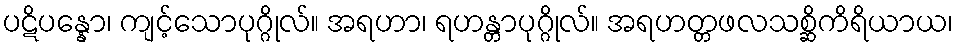
ပဋိပန္နော၊ ကျင့်သောပုဂ္ဂိုလ်။ အရဟာ၊ ရဟန္တာပုဂ္ဂိုလ်။ အရဟတ္တဖလသစ္ဆိကိရိယာယ၊